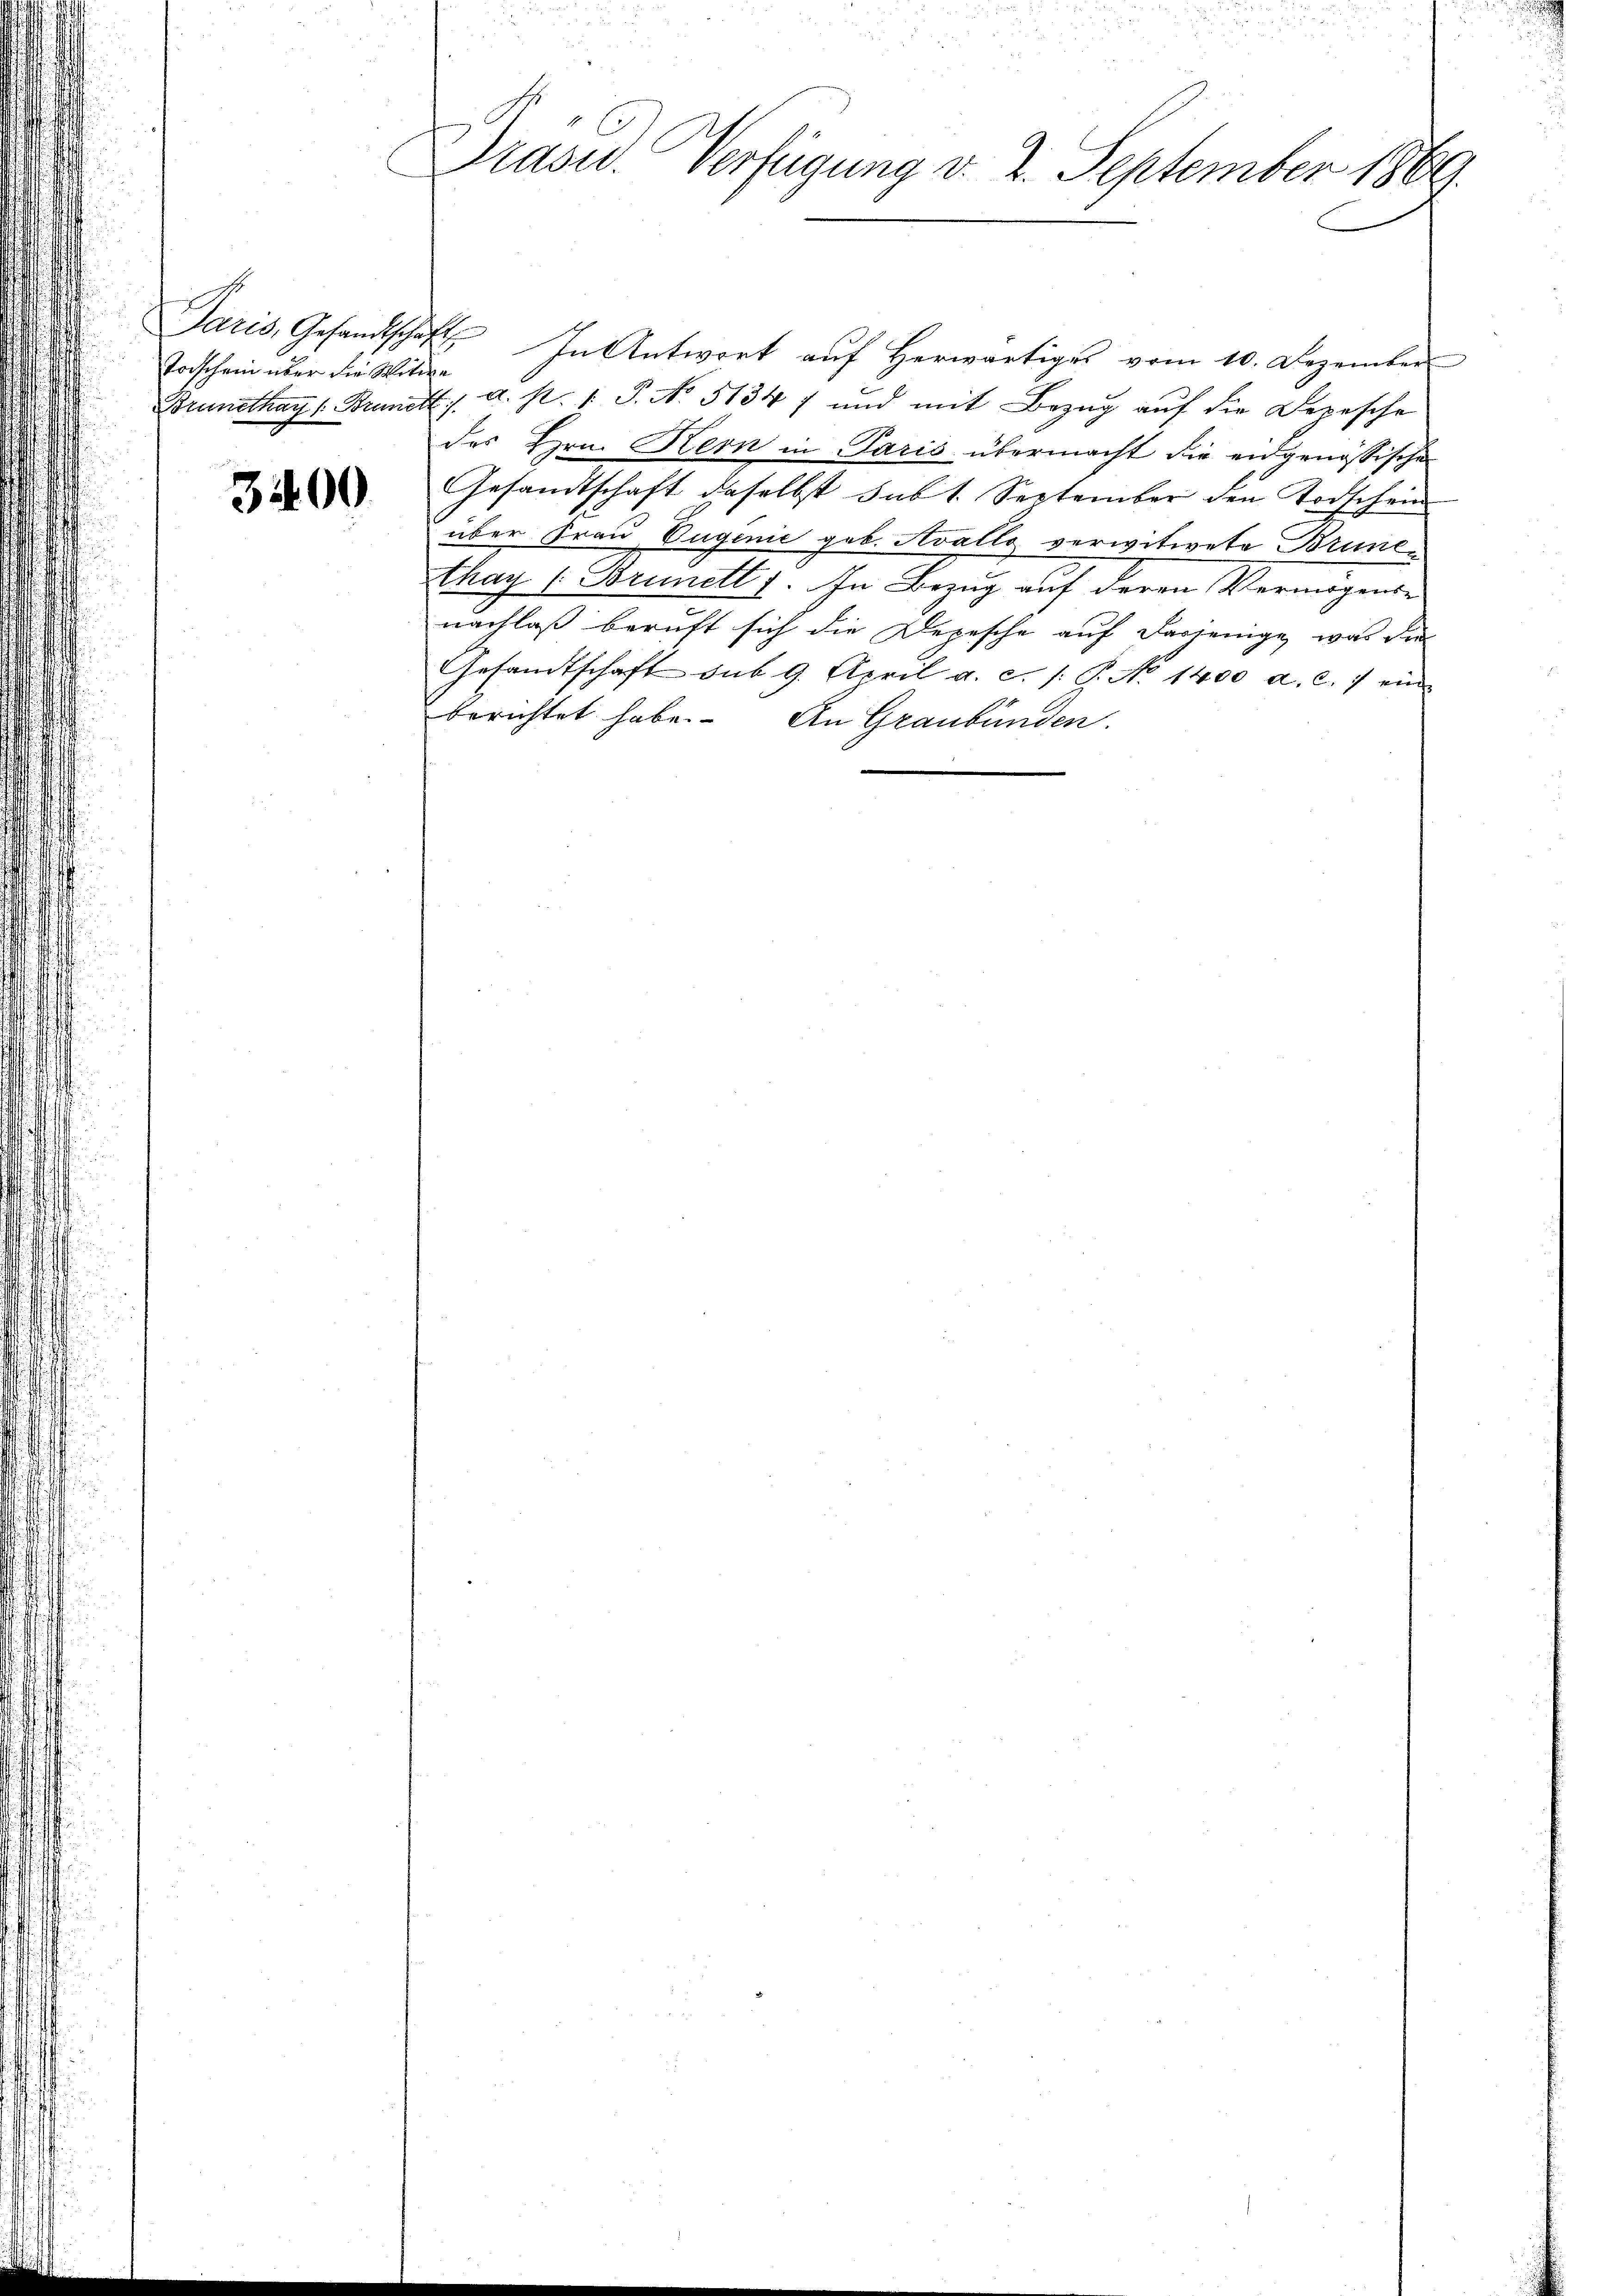
Torschein über die Mitten

3400.

Präsid.. Verfügung d. 2. September 1869.

Paris, Gesandtschaft. In Antwort aŭf herwärtiges vom 10. Dezember
Brunetha Brunst s. a. p. 1. P. No. 51347 und mit Bezŭg aŭf die Depesche
des Hrn. Kern in Paris übermacht die eidgenössischen
Gesandtschaft daselbst sub 1. September den Todschein
über Frau Eugenie geb. Avallo verwitwete Bruner
thay (Brunett f. In Bezug auf deren Vermögense
nachlaß beruft sich die Depesche auf dasjenige, was die
Gesandtschaft sub 9. April a. c. /: P. No 1400 a. c. 7 ein
berichtet habe. An Graubünden.

u